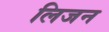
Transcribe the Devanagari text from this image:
लिजन